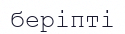
беріпті